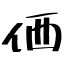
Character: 価